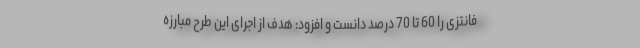
فانتزی را 60 تا 70 درصد دانست و افزود: هدف از اجرای این طرح مبارزه